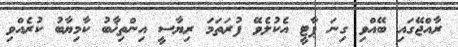
ރާއްޖޭގައި ބޭއްވި ގިނަ ޕާޓީ އެކުލެވޭ ފުރަތަމަ ރިޔާސީ އިންތިޚާބު ކާމިޔާބު ކުރެއްވި